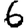
Digit: 6